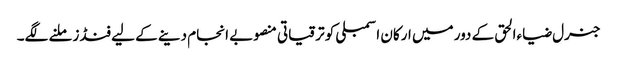
جنرل ضیاءالحق کے دور میں ارکان اسمبلی کو ترقیاتی منصوبے انجام دینے کے لیے فنڈز ملنے لگے۔